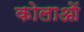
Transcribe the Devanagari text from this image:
कोलाओं